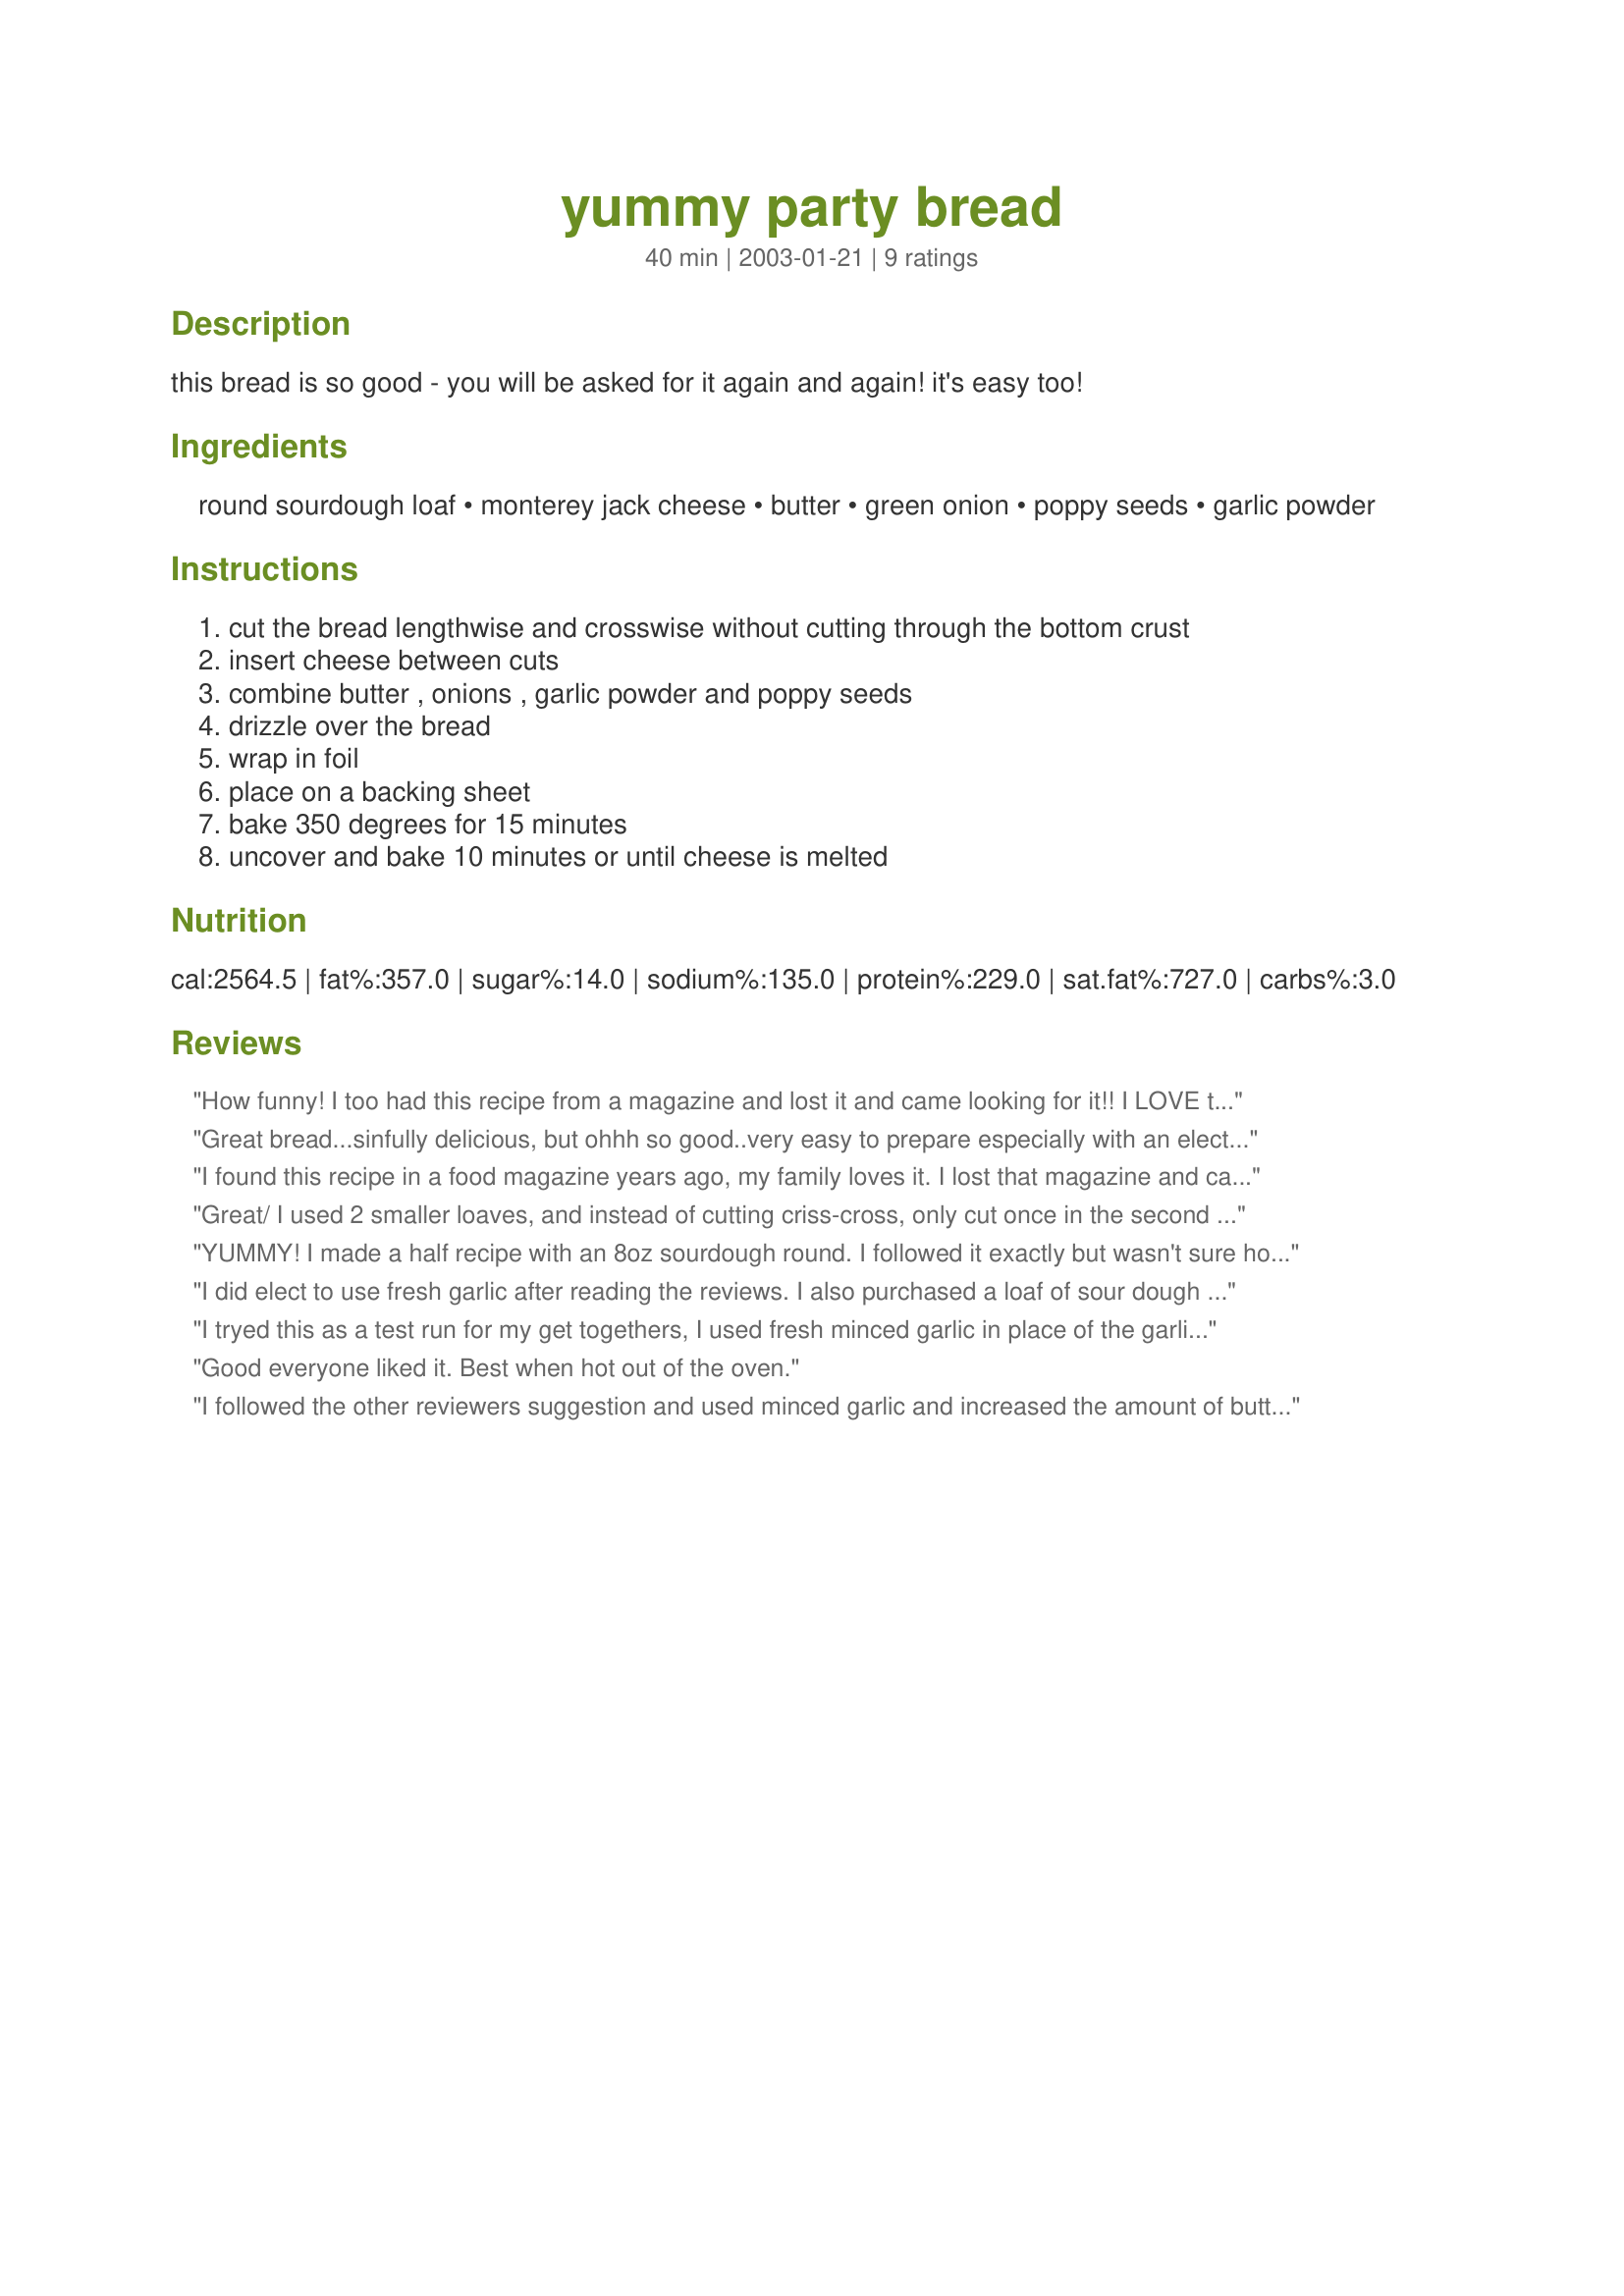
yummy party bread
Preparation time: 40 minutes

this bread is so good - you will be asked for it again and again! it's easy too!

Ingredients:
round sourdough loaf, monterey jack cheese, butter, green onion, poppy seeds, garlic powder

Steps:
cut the bread lengthwise and crosswise without cutting through the bottom crust, insert cheese between cuts, combine butter , onions , garlic powder and poppy seeds, drizzle over the bread, wrap in foil, place on a backing sheet, bake 350 degrees for 15 minutes, uncover and bake 10 minutes or until cheese is melted

Reviews:
How funny! I too had this recipe from a magazine and lost it and came looking for it!! I LOVE this bread! I have always made it exactly as written... using garlic powder... I had actually forgotten all about this until a friend asked me to make "that cheesy bread stuff" for a get together this weekend! Thanks so much for having it on here!
Great bread...sinfully delicious, but ohhh so good..very easy to prepare especially with an electric knife so the bread stays nice and round! My guests enjoy it every time!
I found this recipe in a food magazine years ago, my family loves it. I lost that magazine and came looking for this bread here. Thanks for posting it. This is one wonderful recipe I didn't want to loose.
Great/ I used 2 smaller loaves, and instead of cutting criss-cross, only cut once in the second direction. Did over bake it because I didn&#039;t adjust the time. Also had problems with all the green onions. Next time, I will mix onions with grated cheese and stuff that into loaf. I did use a garlic clove instead of powder. I also want to try stuffing earlier in the day and then add butter mixture just before baking.
YUMMY! I made a half recipe with an 8oz sourdough round. I followed it exactly but wasn't sure how thick to slice the bread so I may have done it thinner than it should be. I didn't measure the cheese...just stuffed in as much as would fit. I wish I had used the fresh garlic because the garlic salt made it too salty...but that didn't stop 3 of us from fighting over it! I don't think it needed more butter. This is a KEEPER for sure and I'll be making it for the next party I go to! Made for the Potluck tag game.
I did elect to use fresh garlic after reading the reviews. I also purchased a loaf of sour dough that contained poppy seeds (as well as sunflower seeds & oatmeal) so didn't add more. I didn't use a full pound of cheese. This was good & easy enough to make. Served with a pot of soup on a cold night it was definite comfort food. Thanks for sharing the recipe! Made for the Dec P-A-R-T-Y event.
I tryed this as a test run for my get togethers, I used fresh minced garlic in place of the garlic powder, I did increase the butter slightly and all other ingredients, thanks for sharing diner!...Kitten:)
Good everyone liked it. Best when hot out of the oven.
I followed the other reviewers suggestion and used minced garlic and increased the amount of butter. Ymmm I think this would also be good with pepper jack and leave out the poppy seeds.
